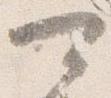
可